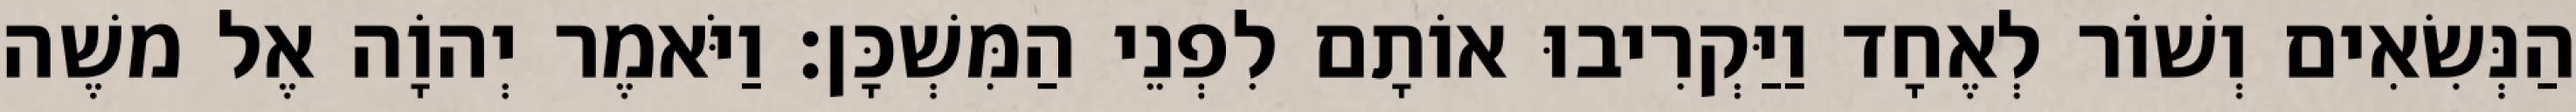
הַנְּשִׂאִים וְשׁוֹר לְאֶחָד וַיַּקְרִיבוּ אוֹתָם לִפְנֵי הַמִּשְׁכָּן׃ וַיֹּאמֶר יְהוָֹה אֶל משֶׁה